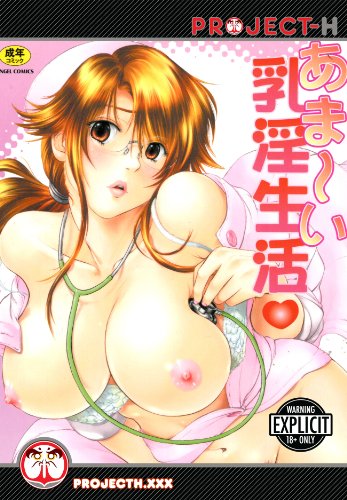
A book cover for Nurse's Sweet Naked Truth (Hentai Manga); Masato Yamasaki; Comics & Graphic Novels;